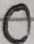
Text: 0